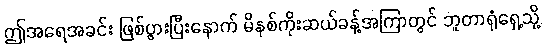
ဤအရေအခင်း ဖြစ်ပွားပြီးနောက် မိနစ်ကိုးဆယ်ခန့်အကြာတွင် ဘူတာရုံရှေ့သို့